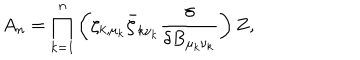
A _ { n } = \prod _ { k = 1 } ^ { n } \left( \zeta _ { k , \mu _ { k } } \bar { \zeta } _ { k \nu _ { k } } { \frac { \delta } { \delta B _ { \mu _ { k } \nu _ { k } } } } \right) Z ,